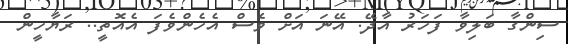
ސިންގާ ބަލިވާ ފަހަރު އާދޭ. އޭނަ އަށް ވެސް އެހެންވެފަ އެއޮތީ.. ރަޔާހީން